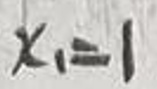
$x_1 = 1$